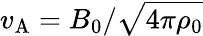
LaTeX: v_{\mathrm{A}}=B_{0}/\sqrt{4\pi\rho_{0}}